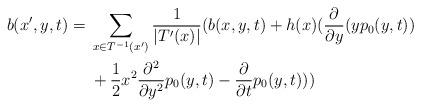
LaTeX: \begin{align*}\begin{aligned}b(x',y,t) ={} & \sum_{x\in T^{-1}(x')}\frac{1}{\vert T'(x)\vert}(b(x,y,t)+h(x)(\frac{\partial}{\partial y}(yp_{0}(y,t)) \\& +\frac{1}{2}x^{2}\frac{\partial^{2}}{\partial y^{2}}p_{0}(y,t)-\frac{\partial}{\partial t}p_{0}(y,t)))\end{aligned}\end{align*}